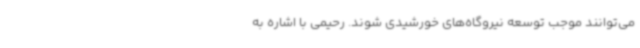
می‌توانند موجب توسعه نیروگاه‌های خورشیدی شوند. رحیمی با اشاره به